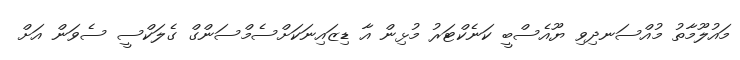
މައުލޫމާތު މުއްސަނދިވި ޔޫއެސްބީ ކަނެކްޓަރު މުޅިން އާ ޑިޒައިނަކަށްސެމްސަންގް ގެލަކްސީ ސެވަން އަށް